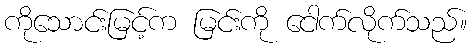
ကိုသောင်းမြင့်က မြင်းကို ငေါက်လိုက်သည်။